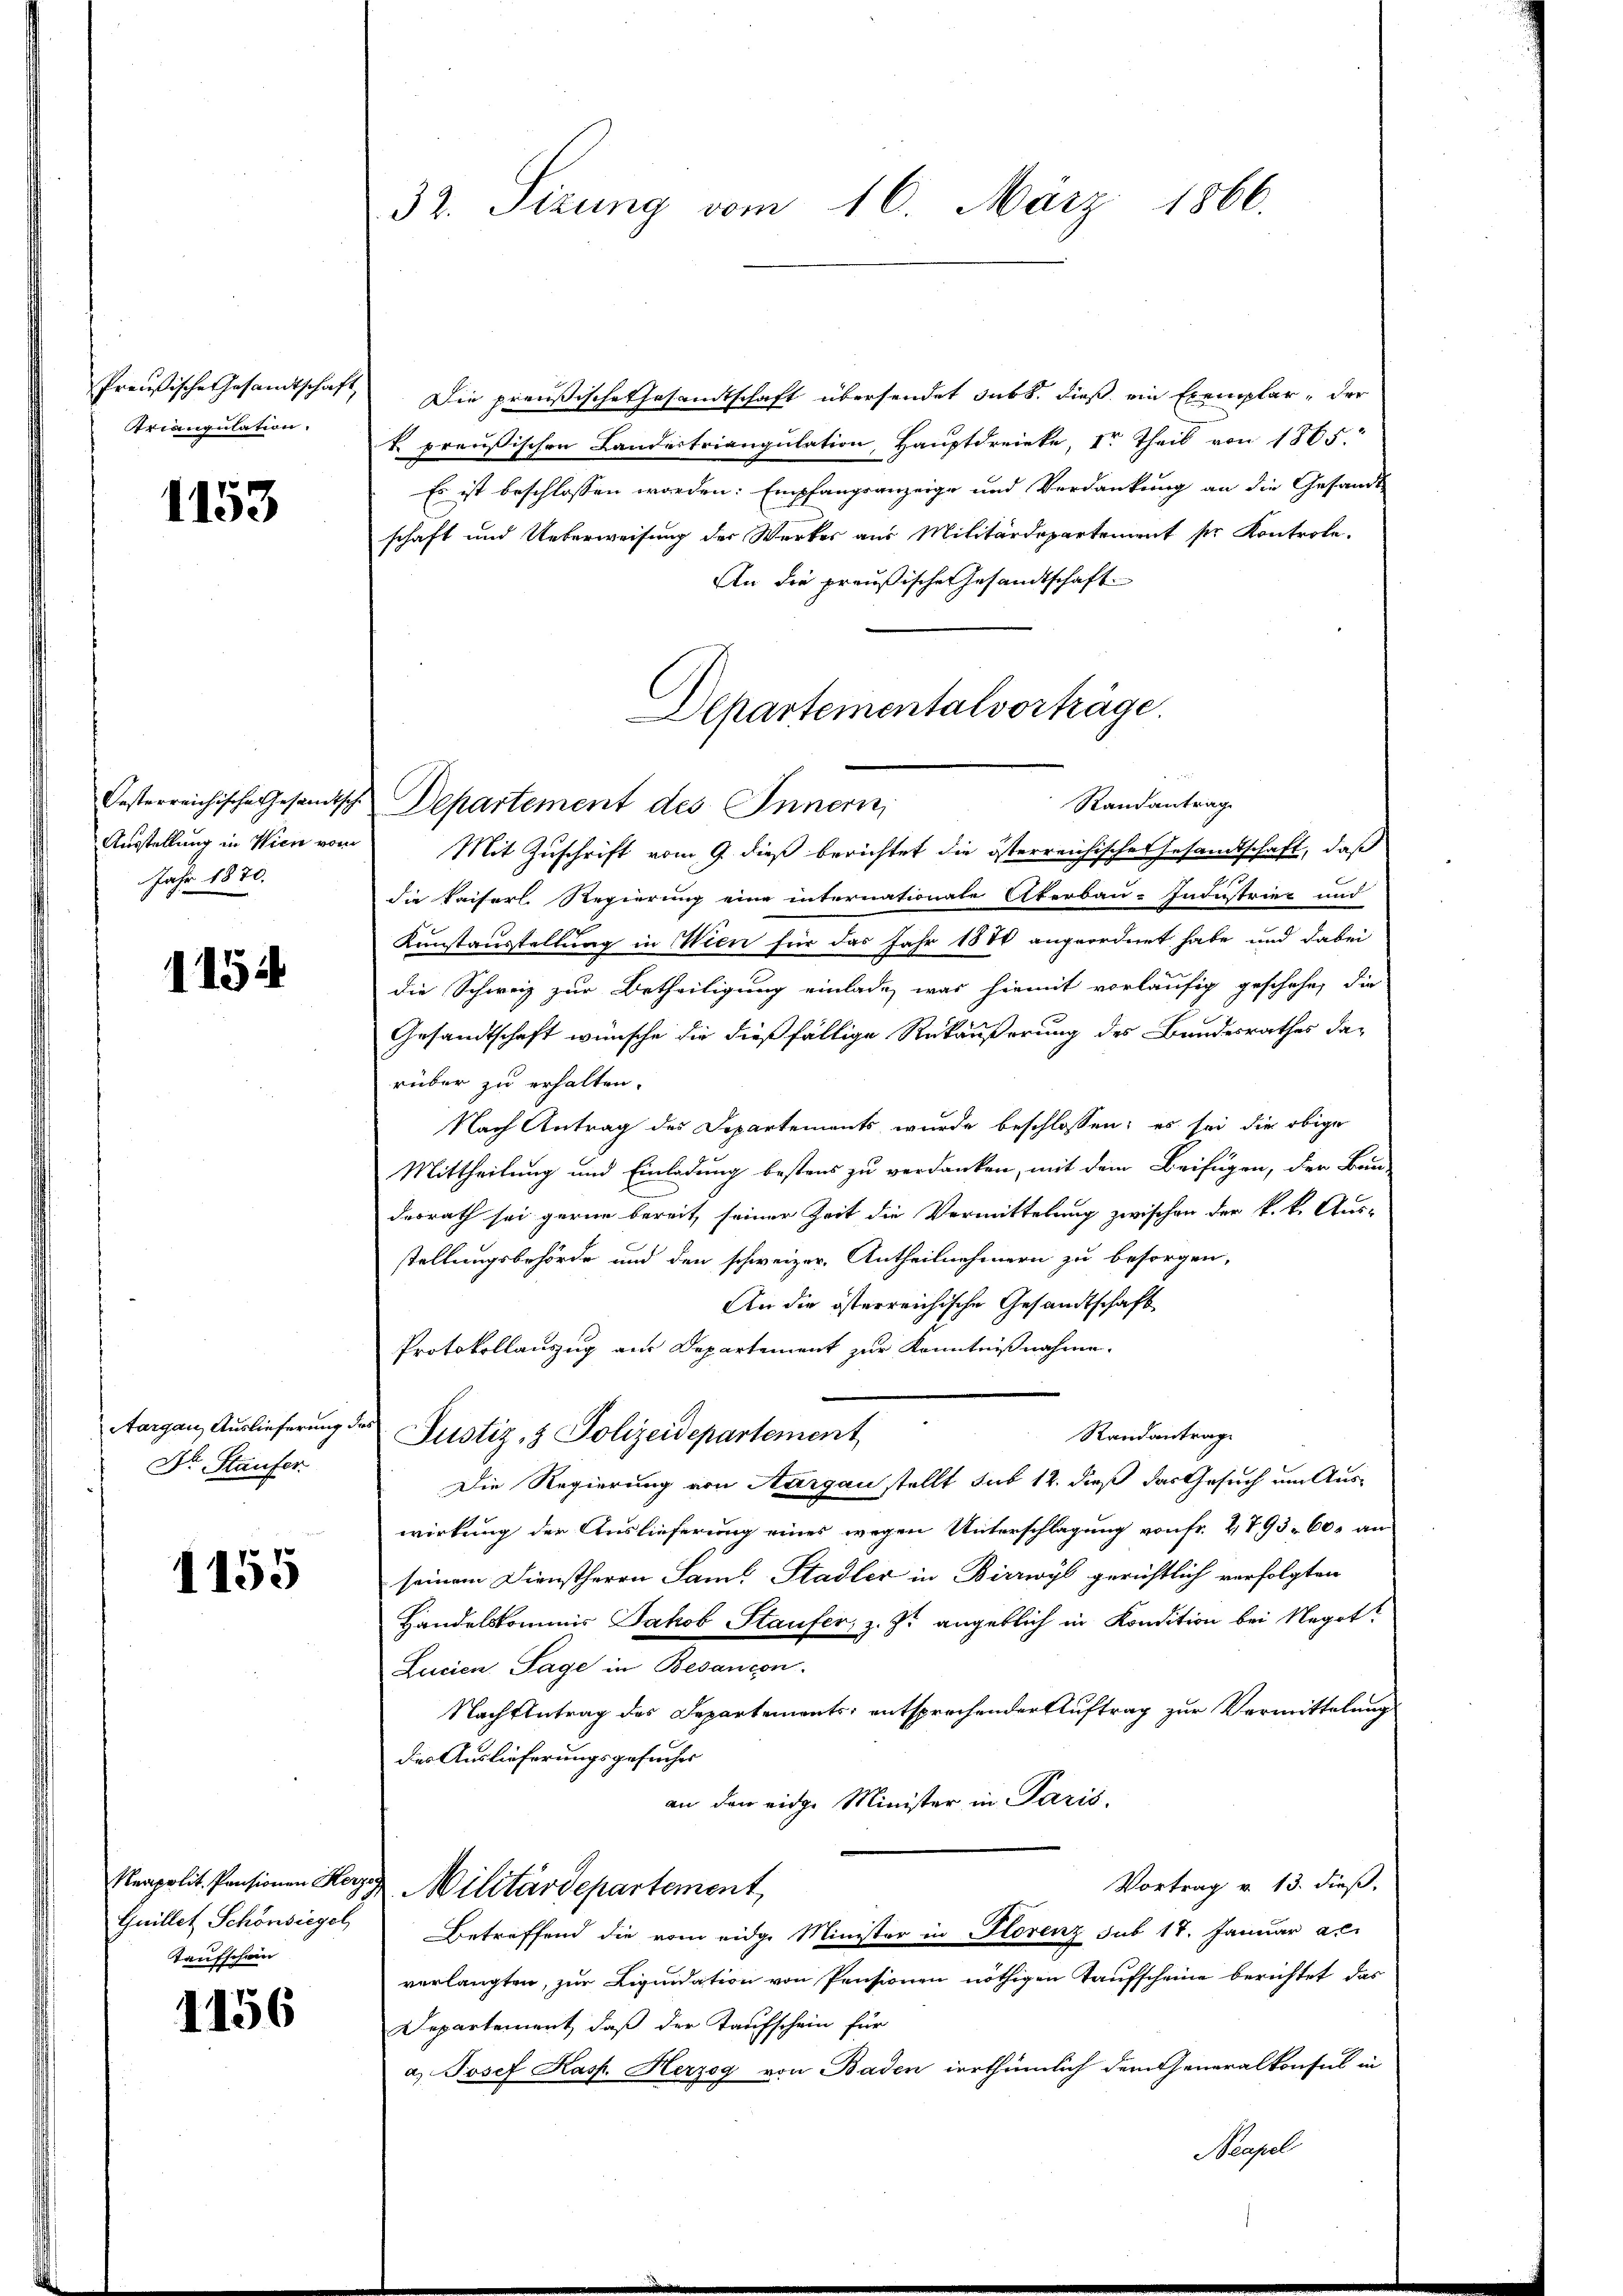
Preußische Gesandtschaft
Triangulation.

1153

Oesterreichische Gesandtsche
Ausstellung in Wien vom
Jahr 1870.

1154

Aargau, Auslieferung.
Dr. Staufer

1155

Reapolit. Pensionen Her
Guillet Schönsiegel
Taufschein

1156

32. Sizung vom 16. März 1866.

Die preußische Gesandtschaft übersendet subt, dieß ein Exemplar, der
k preußischen Landestriangulation, Hauptdreinke, Ir Theil von 1865.
Es ist beschlossen worden. Empfangsanzeige und Verdankung an die Gesandt-
schaft und Ueberweisung der Werkes aus Militärdepartement pr Kontrole-
An die preußischen Gesandtschaft
Randantrag
Departement des Innern,
Mit Zuschrift vom 9. dieß berichtet die österreichische Gesandtschaft, daß
die Kaiserl. Regierung eine internationate Oberbau-Industriet und
Kunstaustellung in Wien für das Jahr 1881 angeordnet habe und dabei
die Schweiz zur Betheiligung einlade, was hiemit vorläufig geschehe, die
Gesandtschaft wünsche die dießfällige Rükäußerung des Bundesrathes da-
rüber zu erhalten.
Nach Antrag der Departements wurde beschlossen; es sei die obige
Mittheilung und Einladung bestens zu verdanken, mit dem Beifügen, der Bau-
desrath sei gerne bereit seiner Zeit die Vermittelung zwischen der k.k. Aus-
stellungsbehörde und den schweizer. Antheilnehmern zu besorgen,
An die österreichische Gesandtschaft
Protokollauszug aus Departement zur Kenntnißnahme.
Randantrag
Justiz- & Polizeidepartement
Die Regierung von Aargau stellt sub 12. dieß das Gesuch um Aus-
wirkung der Auslieferung eines wegen Unterschlagung von Fr. 2793. 60. an
seinem Dienstherrn Sam. Stadler in Birrwyl gerichtlich verfolgten
Handelskommis Jakob Staufer, z. Z. angeblich in Kondition bei Negot
Lucien Sage in Besançon
Nachtentrag des Departements entsprochender Auftrag zur Vermittelung
des Auslieferungsgesuches
an den eidge Minister in Paris,
Vortrag v. 13. dieß,
 Militärdepartement,
Betreffend die vom eidge Minister in Horenz sub 17. Januar a.
verlangten, zur Liquidation von Pensionen nöthigen Taufscheine berichtet, das
Departement, daß der Kaufschein für
a) Josef Kasp. Herzog von Baden erthümlich dem Generalkonsul in

Departementalvorträge.